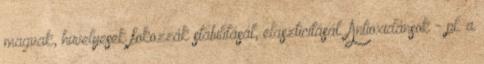
magvak, hüvelyesek fokozzák stabilitását, elaszticitását. Antioxidánsok - pl. a